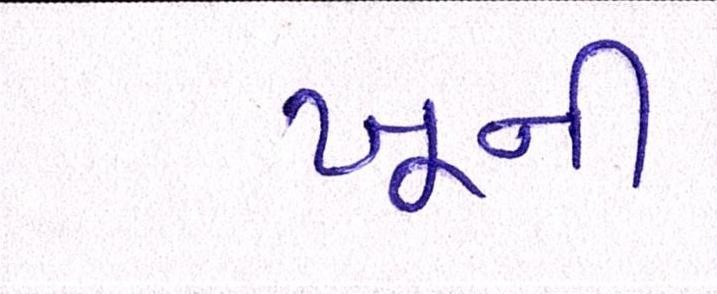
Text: ખૂની